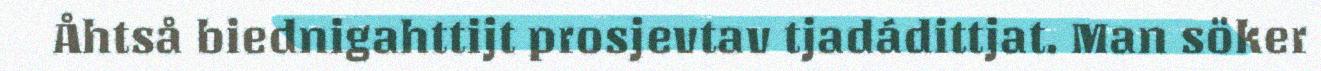
Åhtså biednigahttijt prosjevtav tjadádittjat. Man söker